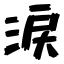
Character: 涙